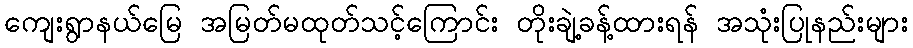
ကျေးရွာနယ်မြေ အမြတ်မထုတ်သင့်ကြောင်း တိုးချဲ့ခန့်ထားရန် အသုံးပြုနည်းများ